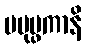
ပပုပ္ဖကာနိ